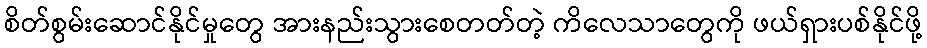
စိတ်စွမ်းဆောင်နိုင်မှုတွေ အားနည်းသွားစေတတ်တဲ့ ကိလေသာတွေကို ဖယ်ရှားပစ်နိုင်ဖို့